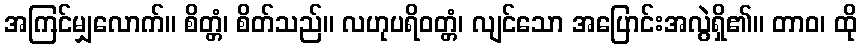
အကြင်မျှလောက်။ စိတ္တံ၊ စိတ်သည်။ လဟုပရိဝတ္တံ၊ လျင်သော အပြောင်းအလွဲရှိ၏။ တာဝ၊ ထို